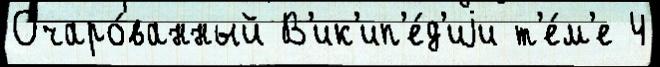
Очаро́ванный В'ик'ип'е́д'иjи т'е́м'е 4